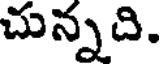
చున్నది.